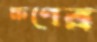
ক্ষণের